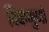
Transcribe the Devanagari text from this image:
विंबाणुणों